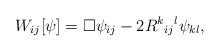
LaTeX: \begin{align*}W_{ij}[\psi] = \square \psi_{ij} - 2R^{k}{}_{ij}{}^l \psi_{kl} ,\end{align*}